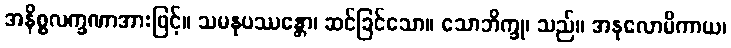
အနိစ္စလက္ခဏာအားဖြင့်။ သမနုပဿန္တော၊ ဆင်ခြင်သော။ သောဘိက္ခု၊ သည်။ အနုလောမိကာယ၊